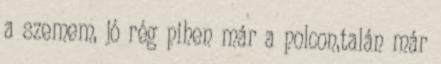
a szemem, jó rég pihen már a polcon,talán már